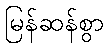
မြန်ဆန်စွာ